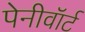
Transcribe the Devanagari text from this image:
पेनीवॉर्ट